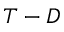
T - D